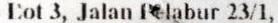
LOT 3, JALAN PELABUR 23/1,